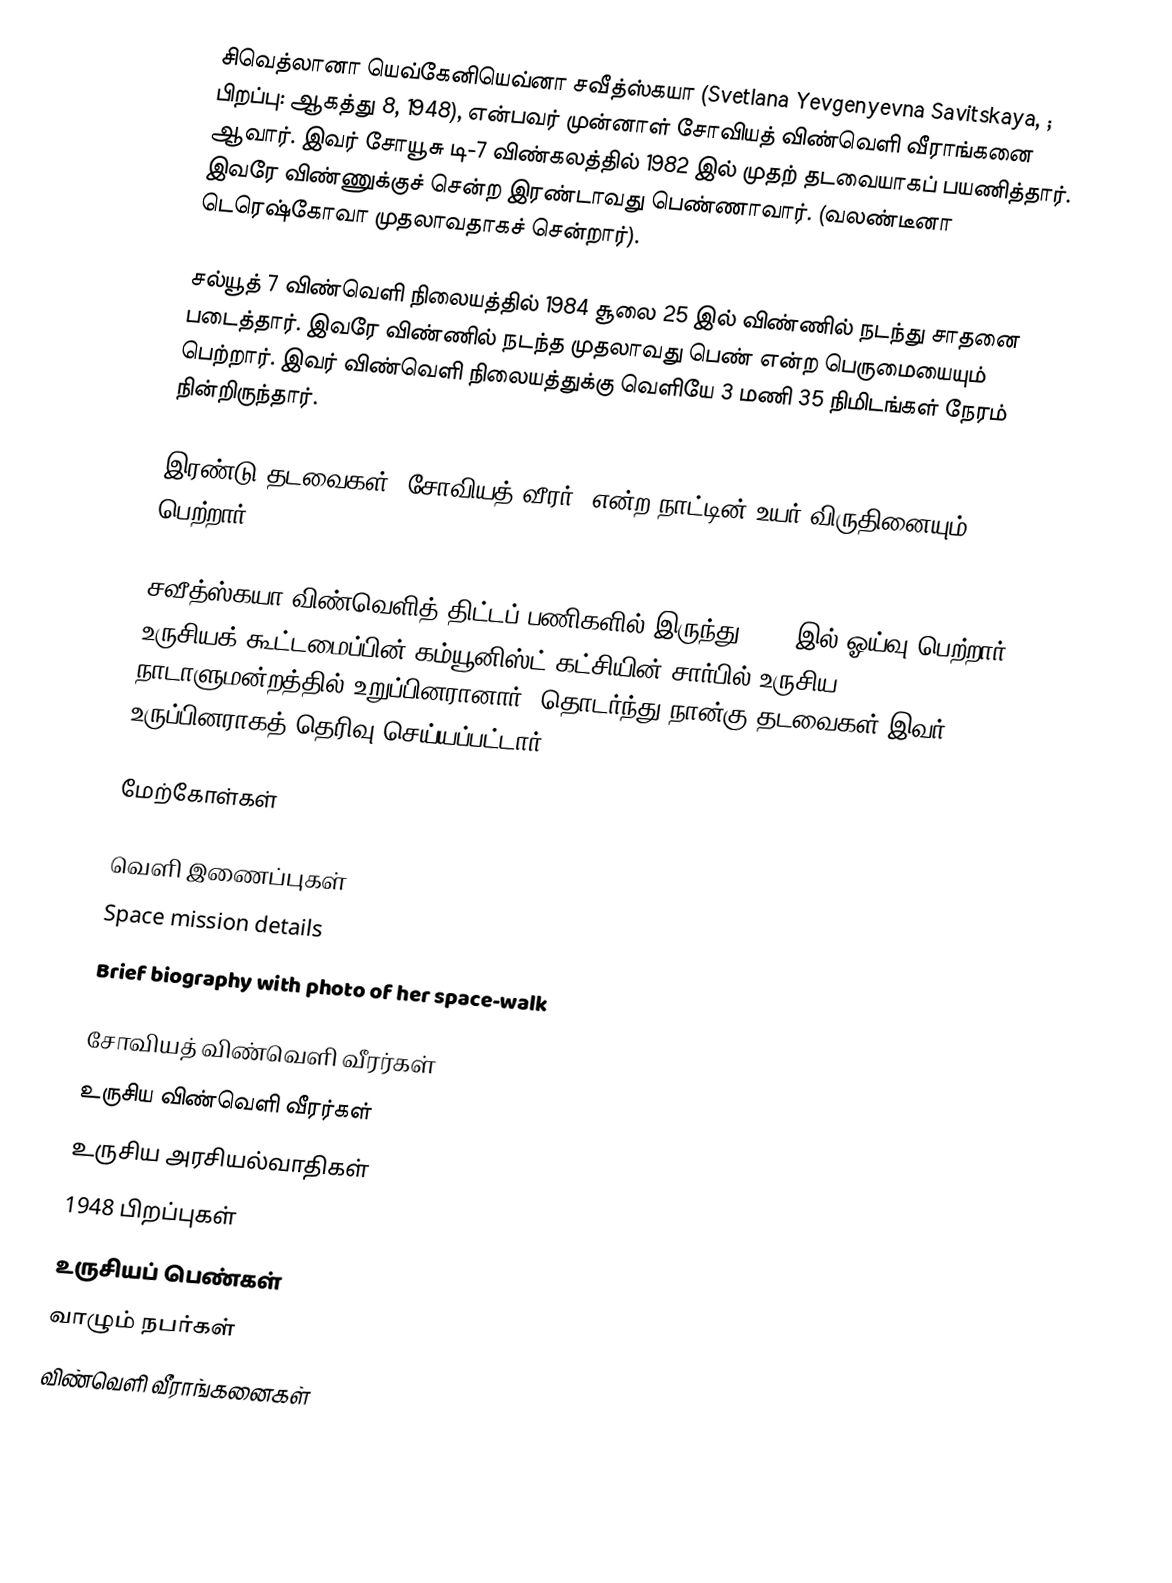
சிவெத்லானா யெவ்கேனியெவ்னா சவீத்ஸ்கயா (Svetlana Yevgenyevna Savitskaya, ; பிறப்பு: ஆகத்து 8, 1948), என்பவர் முன்னாள் சோவியத் விண்வெளி வீராங்கனை ஆவார். இவர் சோயூசு டி-7 விண்கலத்தில் 1982 இல் முதற் தடவையாகப் பயணித்தார். இவரே விண்ணுக்குச் சென்ற இரண்டாவது பெண்ணாவார். (வலண்டீனா டெரெஷ்கோவா முதலாவதாகச் சென்றார்).

சல்யூத் 7 விண்வெளி நிலையத்தில் 1984 சூலை 25 இல் விண்ணில் நடந்து சாதனை படைத்தார். இவரே விண்ணில் நடந்த முதலாவது பெண் என்ற பெருமையையும் பெற்றார். இவர் விண்வெளி நிலையத்துக்கு வெளியே 3 மணி 35 நிமிடங்கள் நேரம் நின்றிருந்தார்.

இரண்டு தடவைகள் "சோவியத் வீரர்" என்ற நாட்டின் உயர் விருதினையும் பெற்றார்.

சவீத்ஸ்கயா விண்வெளித் திட்டப் பணிகளில் இருந்து 1993 இல் ஓய்வு பெற்றார். உருசியக் கூட்டமைப்பின் கம்யூனிஸ்ட் கட்சியின் சார்பில் உருசிய நாடாளுமன்றத்தில் உறுப்பினரானார். தொடர்ந்து நான்கு தடவைகள் இவர் உருப்பினராகத் தெரிவு செய்யப்பட்டார்.

மேற்கோள்கள்

வெளி இணைப்புகள்
 Space mission details
 Brief biography with photo of her space-walk

சோவியத் விண்வெளி வீரர்கள்
உருசிய விண்வெளி வீரர்கள்
உருசிய அரசியல்வாதிகள்
1948 பிறப்புகள்
உருசியப் பெண்கள்
வாழும் நபர்கள்
விண்வெளி வீராங்கனைகள்